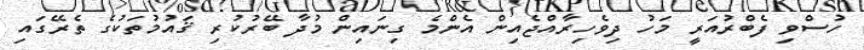
ހުސްވި ފެބްރުއަރީ މަހު ދިވެހިރާއްޖެއިން އެންމެ ގިނައިން މުދާ ބޭރުކުރި ޤައުމުތަކުގެ ތެރޭގައި